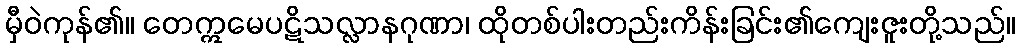
မှီဝဲကုန်၏။ တေဣမေပဋိသလ္လာနဂုဏာ၊ ထိုတစ်ပါးတည်းကိန်းခြင်း၏ကျေးဇူးတို့သည်။